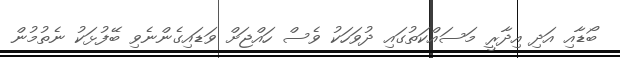
ބޯޑާއި އަދި އިދާރީ މަސައްކަތުގައި ދުވަހަކު ވެސް ހައްޖަށް ވަޑައިގެންނެވި ބޭފުޅަކު ނެތުމުން